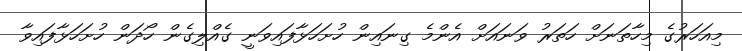
މިއަހަރުގެ މިހާތަނަށް ހަތަރު ވަނައަށް އެންމެ ގިނައިން ހުށަހަޅާފައިވަނީ ގެއްލިގެން ހޯދަން ހުށަހަޅާފައިވާ